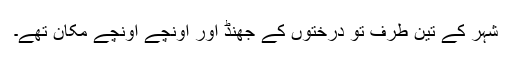
شہر کے تین طرف تو درختوں کے جھنڈ اور اونچے اونچے مکان تھے۔